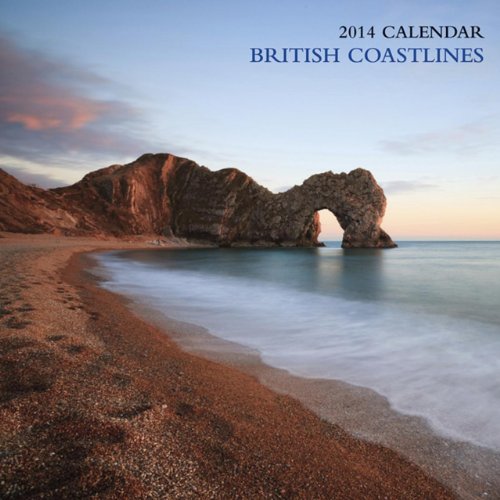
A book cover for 2014 Calendar: British Coastlines: 12-Month Calendar Featuring Wonderful Photographs of the Spectacular British Coast; Peony Press; Calendars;